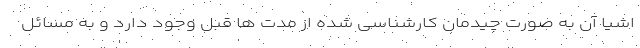
اشیا آن به صورت چیدمان کارشناسی شده از مدت ها قبل وجود دارد و به مسائل